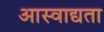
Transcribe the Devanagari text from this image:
आस्वाद्यता